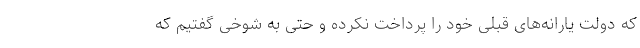
که دولت یارانه‌های قبلی خود را پرداخت نکرده و حتی به شوخی گفتیم که